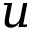
u